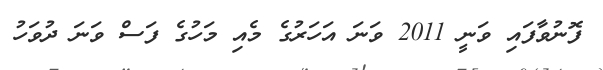
ފޮނުވާފައި ވަނީ 2011 ވަނަ އަހަރުގެ މެއި މަހުގެ ފަސް ވަނަ ދުވަހު